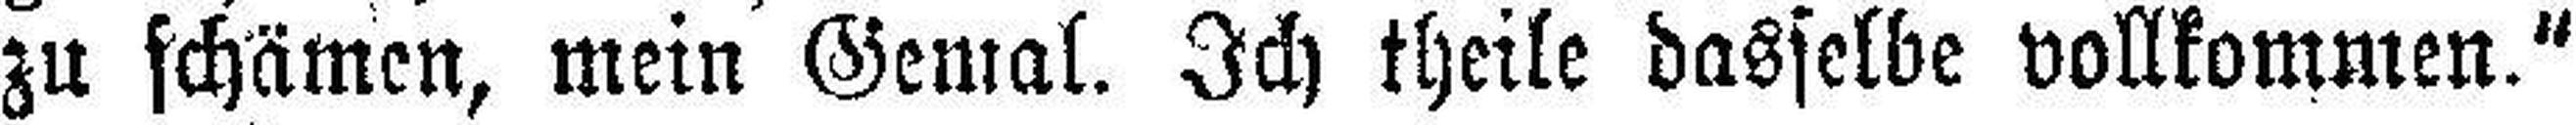
zu schämen, mein Gemal. Ich theile dasselbe vollkommen."